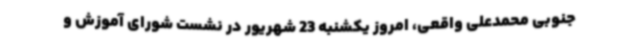
جنوبی محمدعلی واقعی، امروز یکشنبه 23 شهریور در نشست شورای آموزش و